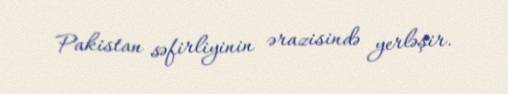
Pakistan səfirliyinin ərazisində yerləşir.